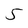
Character: 5